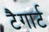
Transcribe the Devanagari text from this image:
टैगार्ट